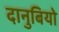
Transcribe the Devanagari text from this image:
दानुबियो